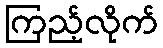
ကြည့်လိုက်